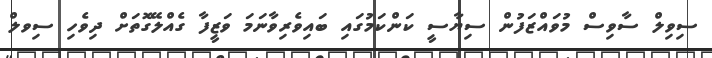
ސިިވިލް ސާވިސް މުވައްޒަފުން ސިޔާސީ ކަންކަމުގައި ބައިވެރިވާނަމަ ވަޒީފާ ގެއްލޭގޮތަށް ދިވެހި ސިވލް